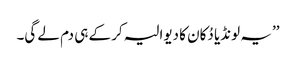
’’ یہ لونڈیا دُکان کا دیوالیہ کر کے ہی دم لے گی۔